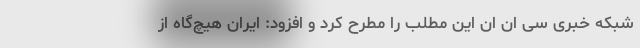
شبکه خبری سی ان ان این مطلب را مطرح کرد و افزود: ایران هیچ‌گاه از